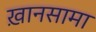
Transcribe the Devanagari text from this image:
ख़ानसामा